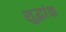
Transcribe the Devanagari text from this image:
शुद्धांक